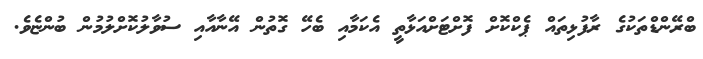
ބްރޭންޑްތަކުގެ ރާފުޅިތައް ޕެކްކޮށް ފޮށްޓަށްއަޅާތީ އެކަމާއި ބެހޭ ގޮތުން އޭނާއާއި ސުވާލުކޮށްލުމުން ބުންޏެވެ.